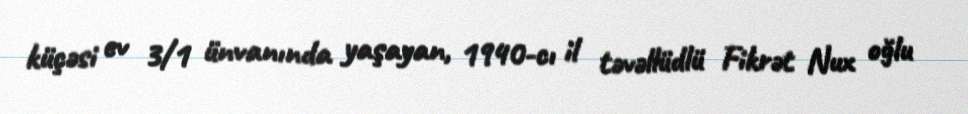
küçəsi ev 3/1 ünvanında yaşayan, 1940-cı il təvəllüdlü Fikrət Nux oğlu